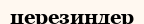
церезиндер